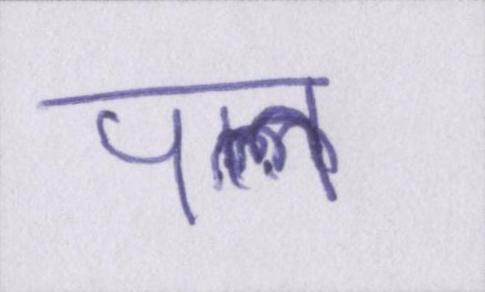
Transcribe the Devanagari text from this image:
पल